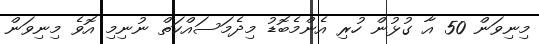
މިނިވަން 50 އާ ގުޅުން ހުރި އެންމެބޮޑު މިދެމަސައްކަތް ނުނިމި އޮވެ މިނިވަން